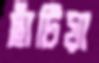
ছাঁটিয়া